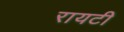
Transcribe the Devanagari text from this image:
रायटी